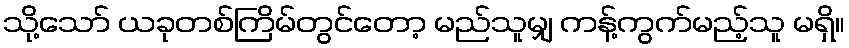
သို့သော် ယခုတစ်ကြိမ်တွင်တော့ မည်သူမျှ ကန့်ကွက်မည့်သူ မရှိ။